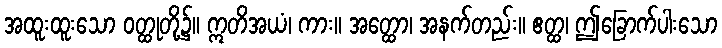
အထူးထူးသော ဝတ္ထုတို့၌။ ဣတိအယံ၊ ကား။ အတ္ထော၊ အနက်တည်း။ ဧတ္ထ၊ ဤခြောက်ပါးသော